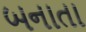
બનાતા